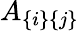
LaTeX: A_{\{ i\} \{ j\} }